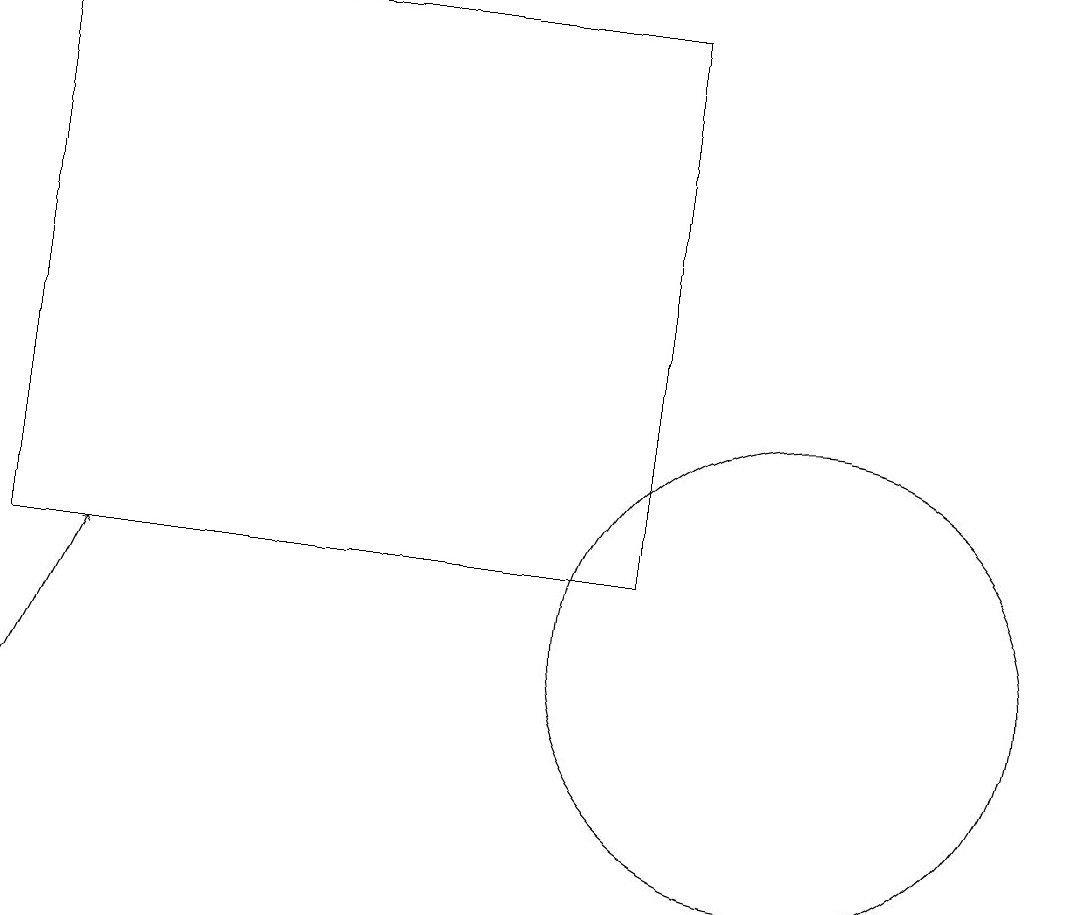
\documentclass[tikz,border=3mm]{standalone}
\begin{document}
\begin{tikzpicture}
\draw[->] (1,10) -- (2,12);
\draw (1,12) rectangle (9,19);
\draw (11,11) circle (3);
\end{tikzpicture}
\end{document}